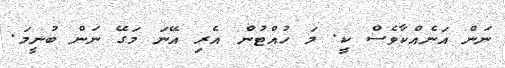
ނަން އަނެއްކާވެސް ކީ. މަ ހުއްޓުން އެރި އޭނަ މަގޭ ނަން ބުނީމަ.